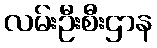
လမ်းဦးစီးဌာန